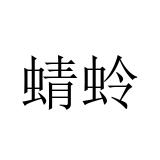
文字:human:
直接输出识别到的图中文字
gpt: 蜻蛉